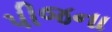
પીજના